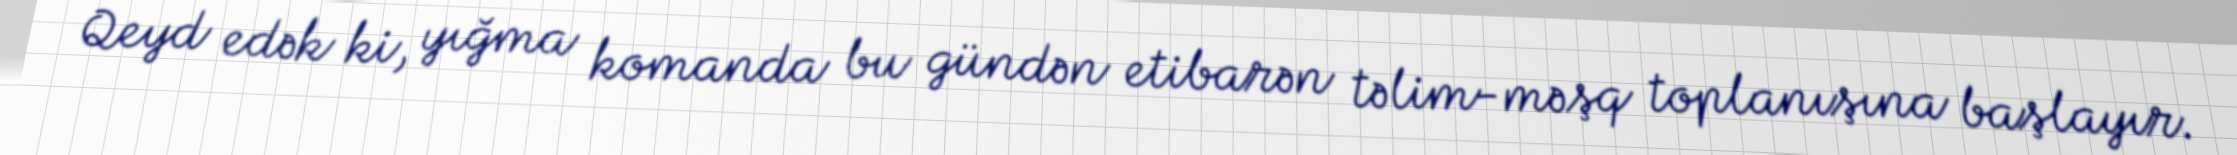
Qeyd edək ki, yığma komanda bu gündən etibarən təlim-məşq toplanışına başlayır.